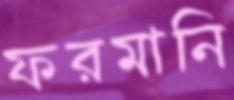
ফরমানি